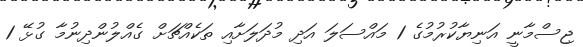
ޖިސްމާނީ އަނިޔާކުރުމުގެ 1 މައްސަލަ އަދި މުދަލަށާއި ތަކެއްޗަށް ގެއްލުންދިނުމާ ގުޅޭ 1